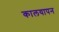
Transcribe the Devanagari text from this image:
कालयापन